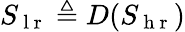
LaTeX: S_{\mathrm{~l~r~}}\triangleq D(S_{\mathrm{~h~r~}})